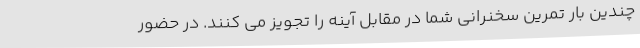
چندین بار تمرین سخنرانی شما در مقابل آینه را تجویز می کنند. در حضور